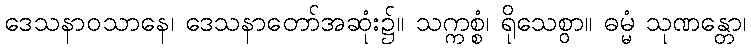
ဒေသနာဝသာနေ၊ ဒေသနာတော်အဆုံး၌။ သက္ကစ္စံ၊ ရိုသေစွာ။ ဓမ္မံ သုဏန္တော၊